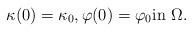
LaTeX: \begin{align*} \kappa(0) = \kappa_0, \varphi(0) = \varphi_0 \textrm{in $\Omega$}.\end{align*}